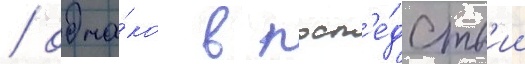
/ одна́ко в посл'е́дств'ии